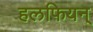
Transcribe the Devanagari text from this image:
हलफियन्